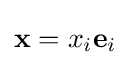
\mathbf {x} =x_{i}\mathbf {e} _{i}